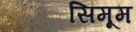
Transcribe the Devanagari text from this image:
सिमूम